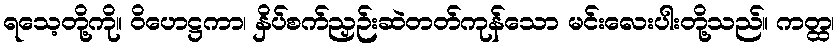
ရသေ့တို့ကို။ ဝိဟေဋ္ဌကာ၊ နှိပ်စက်ညှဉ်းဆဲတတ်ကုန်သော မင်းလေးပါးတို့သည်။ ကတ္ထ၊